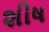
શીષ